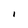
Character: I